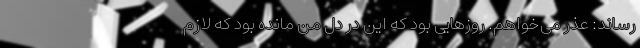
رساند: عذر می‌خواهم. روزهایی بود که این در دل من مانده بود که لازم